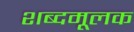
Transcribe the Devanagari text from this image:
शब्दमूलक